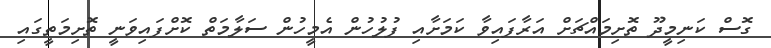
ގޮސް ކަނިމީދޫ ތޮށިމައްޗަށް އަރާފައިވާ ކަމަށާއި ފުލުހުން އެމީހުން ސަލާމަތް ކޮށްފައިވަނީ ތޮށިމަތީގައި